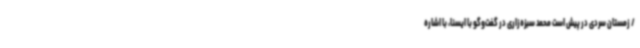
/ زمستان سردی در پیش است محمد سبزه‌زاری در گفت‌وگو با ایسنا، با اشاره